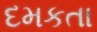
દમકતા